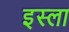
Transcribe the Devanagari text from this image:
इस्‍ला